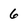
Character: 6